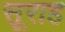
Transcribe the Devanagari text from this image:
सूराह